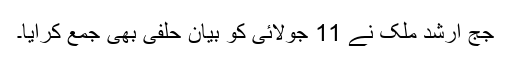
جج ارشد ملک نے 11 جولائی کو بیان حلفی بھی جمع کرایا۔